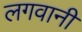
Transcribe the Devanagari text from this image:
लगवानी